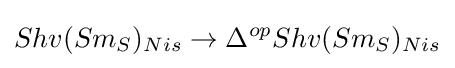
Shv(Sm_{S})_{Nis}\to \Delta ^{op}Shv(Sm_{S})_{Nis}